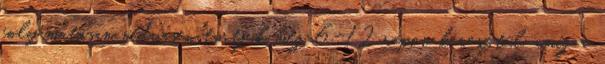
folyamatosan nedvesen tartjuk még 6-12 napon keresztül, amíg a